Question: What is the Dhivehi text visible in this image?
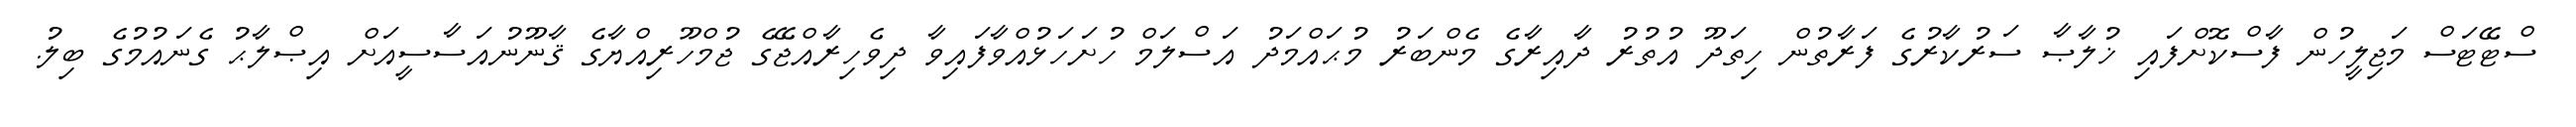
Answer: ސްޓޭޓަސް މަޖިލީހުން ފާސްކޮށްފައި ޚުލާޞާ ސަރުކާރުގެ ފަރާތުން ހިތަދޫ އުތުރު ދާއިރާގެ މެންބަރު މުޙައްމަދު އަސްލަމް ހުށަހަޅުއްވާފައިވާ ދިވެހިރާއްޖޭގެ ޖުމްހޫރިއްޔާގެ ޤާނޫނުއަސާސީއަށް އިޞްލާޙު ގެނައުމުގެ ބިލު.